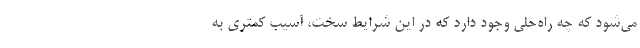
می‌شود که چه راه‌حلی وجود دارد که در این شرایط سخت، آسیب کمتری به